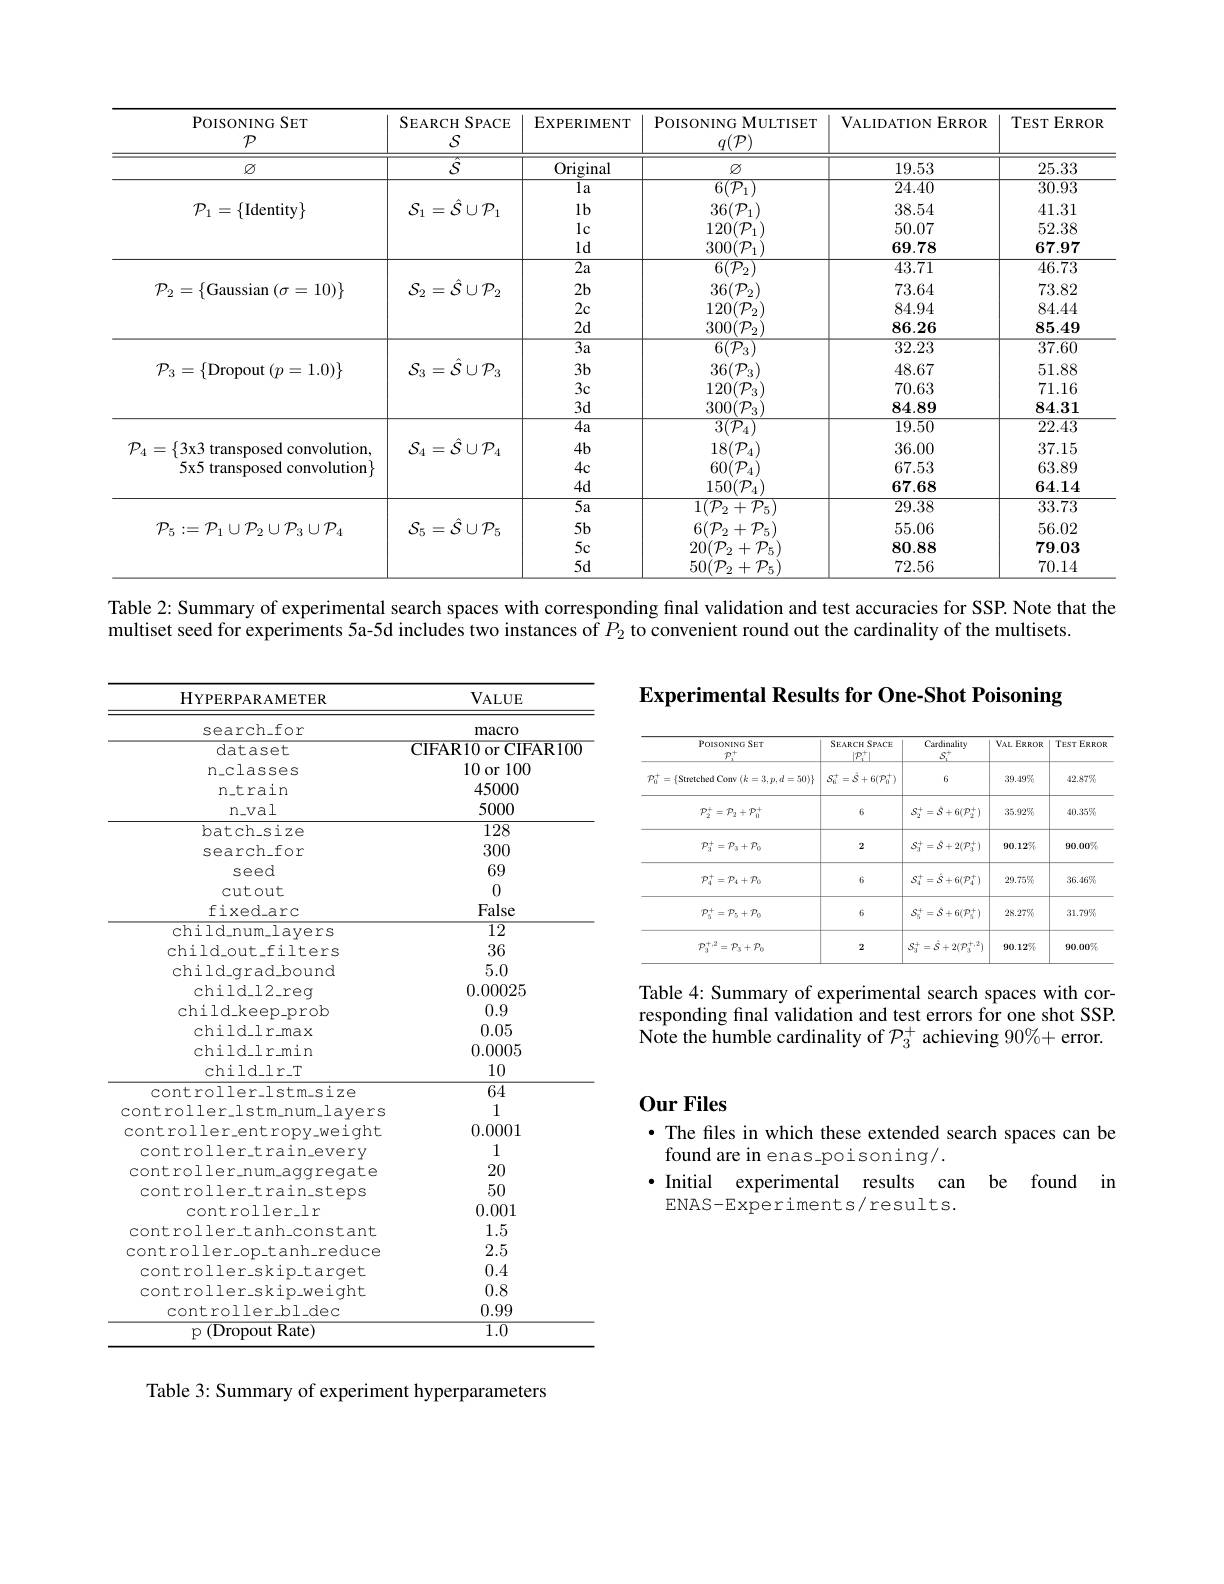
<table>
	<tbody>
		<tr>
			<th>POISONING SET $\mathcal{P}$</th>
			<th>SEARCH $ISPACE$ $S$</th>
			<th>$EXPERIMENT$</th>
			<th>PoISONING MULTISET $q(\mathcal{P})$</th>
			<th>VALIDATION ERROR</th>
			<th>$TEST$ $ERROR$</th>
		</tr>
		<tr>
			<td>$\varnothing$</td>
			<td>$\hat{S}$</td>
			<td>Original</td>
			<td>$\varnothing$</td>
			<td>19.53</td>
			<td>25.33</td>
		</tr>
		<tr>
			<td>$\mathcal{P}_{1}=\{$Identity$\}$</td>
			<td>$\mathcal{S}_{1}=\hat{\mathcal{S}}\cup\mathcal{P}_{1}$</td>
			<td>$1a$ $1b$ $1c$ $\log$</td>
			<td>$6({\mathcal P}_{1}$ $36(\mathcal{P}_1)$ $120(\mathcal{P}_{1})$ $300(\mathcal{P}_{1})$</td>
			<td>24.40 38.54 50.07 69.78</td>
			<td>30.93 41.31 52.38 67.97</td>
		</tr>
		<tr>
			<td>$\mathcal{P}_{2}=\{$Gaussian $(\sigma=10)\}$</td>
			<td>$\mathcal{S}_{2}=\hat{\mathcal{S}}\cup\mathcal{P}_{2}$</td>
			<td>$2a$ $2b$ $2c$ $2d$</td>
			<td>$36(\mathcal{P}_2)$ $120(\mathcal{P}_{2})$ $300(\mathcal{P}_{2}$</td>
			<td>43.71 73.64 84.94 86.26</td>
			<td>46.73 73.82 84.44 85.49</td>
		</tr>
		<tr>
			<td>$\mathcal{P}_{3}=\{$Dropout$(p=1.0)\}$</td>
			<td>$\mathcal{S}_{3}=\hat{\mathcal{S}}\cup\mathcal{P}_{3}$</td>
			<td>$3a$ $3b$ $3c$ $3d$</td>
			<td>$36(\mathcal{P}_3)$ $120(\mathcal{P}_{3})$ $300(\mathcal{P}_{3}$</td>
			<td>32.23 48.67 70.63 84.89</td>
			<td>37.60 51.88 71.16 $\mathbf{84.31}$</td>
		</tr>
		<tr>
			<td>$\mathcal{P}_{4}=\{3$x3 transposed convolution, $5x5$ transposed convolution$\}$</td>
			<td>$\mathcal{S}_{4}=\hat{\mathcal{S}}\cup\mathcal{P}_{4}$</td>
			<td>$4a$ $4b$ $4c$ $4d$</td>
			<td>$18(\mathcal{P}_4)$ $60(\mathcal{P}_4)$ $150(\mathcal{P}_{4})$</td>
			<td>19.50 36.00 67.53 67.68</td>
			<td>$\angle\angle\angle.4.6$ 37.15 63.89 64.14</td>
		</tr>
		<tr>
			<td>$\mathcal{P}_{5}:=\mathcal{P}_{1}\cup\mathcal{P}_{2}\cup\mathcal{P}_{3}\cup\mathcal{P}_{4}$</td>
			<td>$\mathcal{S}_{5}=\hat{\mathcal{S}}\cup\mathcal{P}_{5}$</td>
			<td>$\gimel a$ $5b$ $5c$ $5d$</td>
			<td>$\Gamma(P_{2}+P_{5})$ $6(\mathcal{P}_{2}+\mathcal{P}_{5})$ $20(\mathcal{P}_{2}+\mathcal{P}_{5})$ $50(\mathcal{P}_{2}+\mathcal{P}_{5}$</td>
			<td>29.38 55.06 80.88 72.56</td>
			<td>33.73 56.02 79.03 70.14</td>
		</tr>
	</tbody>
</table>
Table 2: Summary of experimental search spaces with corresponding final validation and test accuracies for SSP. Note that the

multiset seed for experiments 5a-5d includes two instances of $P_{2}$ to convenient round out the cardinality of the multisets.

Experimental Results for One-Shot Poisoning

<table>
	<tbody>
		<tr>
			<th>PolsoNING SET $\underline{P_1^+}$</th>
			<th>$SEARCHSPACE$ $|\mathcal{P}_{\mathrm{i}}^{+}$</th>
			<th>Cardinality $S_{1}^{+}$</th>
			<th>$VAL$ ERROR 1</th>
			<th>TEST ERROR</th>
		</tr>
		<tr>
			<td>$\mathcal{P}_0^+=\{$Stretched Conv $(k=3,p,d=50)\}$</td>
			<td>$S_{6}^{+}=\hat{S}+6(\mathcal{P}_{0}^{+})$</td>
			<td>6</td>
			<td>$39.49\%$</td>
			<td>$42.87\%$</td>
		</tr>
		<tr>
			<td>$\mathcal{P}_2^+=\mathcal{P}_2+\mathcal{P}_0^+$</td>
			<td>6</td>
			<td>$S_2^+=S+6(\mathcal{P}_2^+)$</td>
			<td>$35.92\%$</td>
			<td>$40.35\%$</td>
		</tr>
		<tr>
			<td>$\mathcal{P}_3^+=\mathcal{P}_3+\mathcal{P}_0$</td>
			<td>2</td>
			<td>$S_3^+=S+2(\mathcal{P}_3^+)$</td>
			<td>$90.12\%$</td>
			<td>90.00%</td>
		</tr>
		<tr>
			<td>$\mathcal{P}_4^+=\mathcal{P}_4+\mathcal{P}_0$</td>
			<td>6</td>
			<td>$S_4^+=\hat{S}+6(\mathcal{P}_4^+)$</td>
			<td>$29.75\%$</td>
			<td>$36.46\%$</td>
		</tr>
		<tr>
			<td>$\mathcal{P}_5^+=\mathcal{P}_5+\mathcal{P}_0$</td>
			<td>6</td>
			<td>$S_5^+=S+6(\mathcal{P}_5^+)$</td>
			<td>$28.27\%$</td>
			<td>$31.79\%$</td>
		</tr>
		<tr>
			<td>$p_{,}^{+},2$ $=\mathcal{P}_3+\mathcal{P}_0$</td>
			<td>2</td>
			<td>$S_{3}^{+}=\hat{S}+2(\mathcal{P}_{3}^{+,2})$</td>
			<td>$90.12\%$</td>
			<td>90.00%</td>
		</tr>
	</tbody>
</table>

<table>
	<tbody>
		<tr>
			<th>${\mathrm{HYPERPARAMETER}}$</th>
			<th>$VALUE$</th>
		</tr>
		<tr>
			<td>search_for</td>
			<td>macro</td>
		</tr>
		<tr>
			<td>dataset</td>
			<td>CIFAR10 or CIFAR100</td>
		</tr>
		<tr>
			<td>n$\_$classes</td>
			<td>10 or 100</td>
		</tr>
		<tr>
			<td>n.train</td>
			<td>45000</td>
		</tr>
		<tr>
			<td>$n\_val$</td>
			<td>5000</td>
		</tr>
		<tr>
			<td>$batch\_size$</td>
			<td>128</td>
		</tr>
		<tr>
			<td>search_for</td>
			<td>300</td>
		</tr>
		<tr>
			<td>seed</td>
			<td>69</td>
		</tr>
		<tr>
			<td>cutout</td>
			<td>0</td>
		</tr>
		<tr>
			<td>fixed$\_$arc</td>
			<td>False</td>
		</tr>
		<tr>
			<td>child_num_layers</td>
			<td>12</td>
		</tr>
		<tr>
			<td>$child\_out\_filters$</td>
			<td>36</td>
		</tr>
		<tr>
			<td>$child_{\mathrm{arad}}bound$</td>
			<td>5.0</td>
		</tr>
		<tr>
			<td>$child\_l2\_req$</td>
			<td>0.00025</td>
		</tr>
		<tr>
			<td>$child\_keep\_prob$</td>
			<td>0.9</td>
		</tr>
		<tr>
			<td>$child\_lr\_max$</td>
			<td>0.05</td>
		</tr>
		<tr>
			<td>$child\_lr\_min$</td>
			<td>0.0005</td>
		</tr>
		<tr>
			<td>$child\_lr\_T$</td>
			<td>10</td>
		</tr>
		<tr>
			<td>controller-lstm.size</td>
			<td>64</td>
		</tr>
		<tr>
			<td>controller Istr Tr $n_{- }$nu$m_{- }$lavers</td>
			<td>1</td>
		</tr>
		<tr>
			<td>$controller\_entropy_weiqht$</td>
			<td>0.0001</td>
		</tr>
		<tr>
			<td>$controller\_train\_every$</td>
			<td>1</td>
		</tr>
		<tr>
			<td>$controller\_num\_aqqreqate$</td>
			<td>20</td>
		</tr>
		<tr>
			<td>$controller\_train\_steps$</td>
			<td>50</td>
		</tr>
		<tr>
			<td>controllerlr</td>
			<td>0.001</td>
		</tr>
		<tr>
			<td>$controller\_tanh\_constant$</td>
			<td>1.5</td>
		</tr>
		<tr>
			<td>controlleroptanhreduce</td>
			<td>2.5</td>
		</tr>
		<tr>
			<td>$controller\_skip\_tarqet$</td>
			<td>0.4</td>
		</tr>
		<tr>
			<td>$controller\_skip_{weiqht}$</td>
			<td>0.8</td>
		</tr>
		<tr>
			<td>controllerbldec</td>
			<td>0.99</td>
		</tr>
		<tr>
			<td>p (Dropout Rate)</td>
			<td>$\overline{1.0}$</td>
		</tr>
	</tbody>
</table>

Table 4: Summary of experimental search spaces with corresponding final validation and test errors for one shot SSP. Note the humble cardinality of $\mathcal{P}_3^+$ achieving $90\%+$ error.

## 0ur Files

· The files in which these extended search spaces can be
found are in enas poisoning/ .
· Initial experimental results can be found in
ENAS-Experiments/results.

Table 3: Summary of experiment hyperparameters